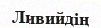
Ливийдің